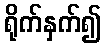
ရိုက်နှက်၍